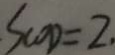
S _ { C O D } = 2 .